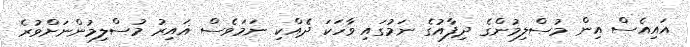
އައިއެސް އިން މުސްލިމުންގެ ދިފާއުގެ ނަމުގައި ވާހަކަ ދެއްކި ނަމަވެސް ޣައިރު މުސްލިމުންނަށްވުރެ